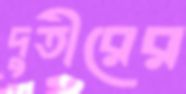
দুতীরের